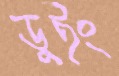
ডুইং